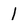
Character: l